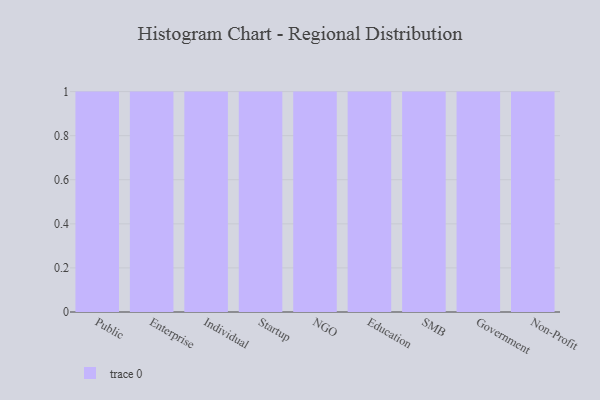
{"axis": {"x": "Segment", "y": "Bounce Rate (%)"}, "legend": [""], "data": [{"x": "Public", "y": 69, "type": ""}, {"x": "Enterprise", "y": 74, "type": ""}, {"x": "Individual", "y": 61, "type": ""}, {"x": "Startup", "y": 18, "type": ""}, {"x": "NGO", "y": 36, "type": ""}, {"x": "Education", "y": 71, "type": ""}, {"x": "SMB", "y": 6, "type": ""}, {"x": "Government", "y": 32, "type": ""}, {"x": "Non-Profit", "y": 41, "type": ""}]}